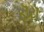
ફૉટૉ